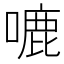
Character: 𭊛